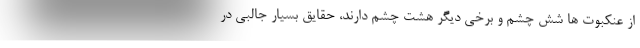
از عنکبوت ها شش چشم و برخی دیگر هشت چشم دارند، حقایق بسیار جالبی در